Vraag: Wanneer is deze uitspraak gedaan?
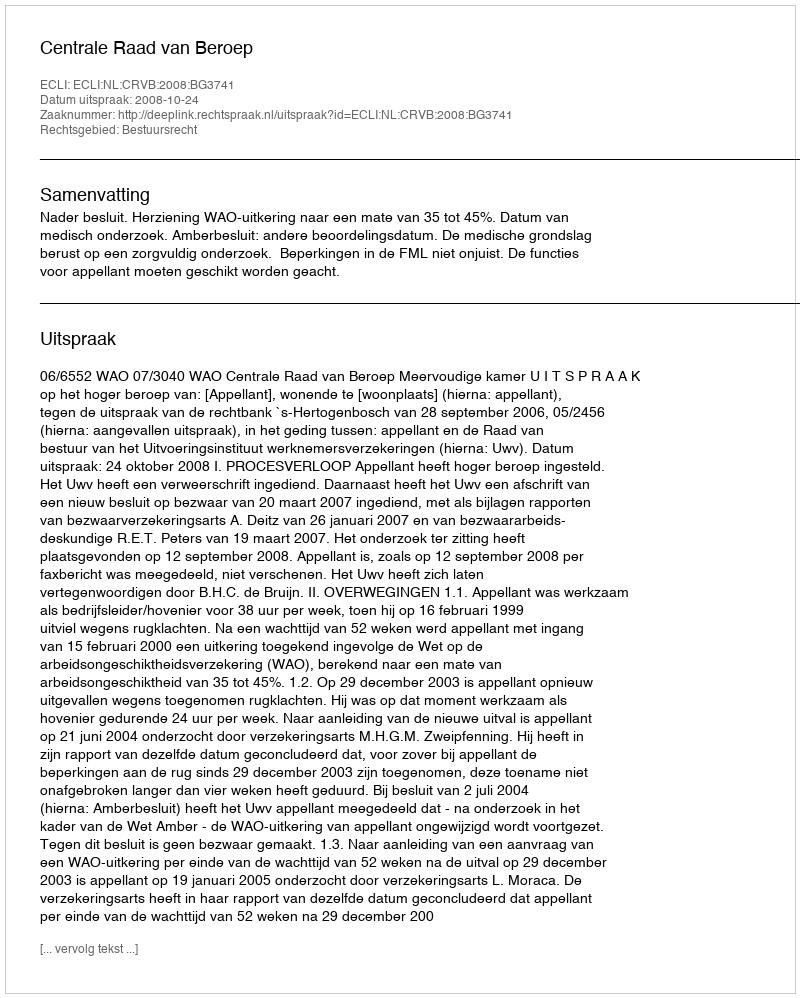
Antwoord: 2008-10-24